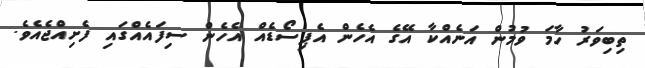
ތިބިވަރު ހާމަ ވުމުން އަނެއްކާ އޭގެ އެހެން އެޕިސޯޑެއް އެހެން ސިފައެއްގައި ފެށިއްޖެއެވެ.